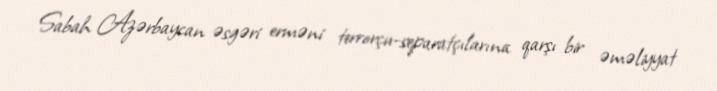
Sabah Azərbaycan əsgəri erməni terrorçu-separatçılarına qarşı bir əməliyyat